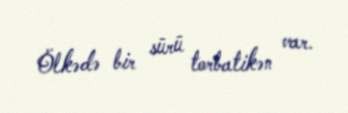
Ölkədə bir sürü torbatikən var.